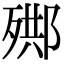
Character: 𣨳